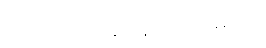
အကောင်းဆုံးနည်းလမ်းကို